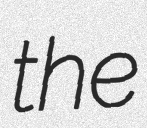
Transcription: the